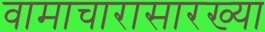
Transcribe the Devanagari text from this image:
वामाचारासारख्या